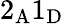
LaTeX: \mathrm{2_{A}1_{D}}